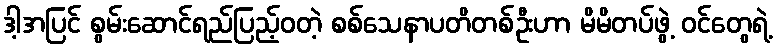
ဒါ့အပြင် စွမ်းဆောင်ရည်ပြည့်ဝတဲ့ စစ်သေနာပတိတစ်ဦးဟာ မိမိတပ်ဖွဲ့ ဝင်တွေရဲ့